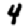
Digit: 4